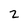
Character: 2